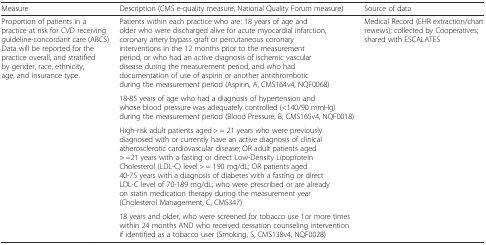
<table><thead><tr><td><b>Measure</b></td><td><b>Description (CMS e-quality measure, National Quality Forum measure)</b></td><td><b>Source of data</b></td></tr></thead><tbody><tr><td rowspan="4">Proportion of patients in a practice at risk for CVD receiving guideline-concordant care (ABCS)Data will be reported for the practice overall, and stratified by gender, race, ethnicity, age, and insurance type.</td><td>Patients within each practice who are: 18 years of age and older who were discharged alive for acute myocardial infarction, coronary artery bypass graft or percutaneous coronary interventions in the 12 months prior to the measurement period, or who had an active diagnosis of ischemic vascular disease during the measurement period, and who had documentation of use of aspirin or another antithrombotic during the measurement period (Aspirin, A, CMS164v4, NQF0068)</td><td rowspan="4">Medical Record (EHR extraction/chart reviews); collected by Cooperatives; shared with ESCALATES</td></tr><tr><td>18-85 years of age who had a diagnosis of hypertension and whose blood pressure was adequately controlled (&lt;140/90 mmHg) during the measurement period (Blood Pressure, B, CMS165v4, NQF0018)</td></tr><tr><td>High-risk adult patients aged &gt; = 21 years who were previously diagnosed with or currently have an active diagnosis of clinical atherosclerotic cardiovascular disease; OR adult patients aged &gt; =21 years with a fasting or direct Low-Density Lipoprotein Cholesterol (LDL-C) level &gt; = 190 mg/dL; OR patients aged 40-75 years with a diagnosis of diabetes with a fasting or direct LDL-C level of 70-189 mg/dL; who were prescribed or are already on statin medication therapy during the measurement year (Cholesterol Management, C, CMS347)</td></tr><tr><td>18 years and older, who were screened for tobacco use 1or more times within 24 months AND who received cessation counseling intervention if identified as a tobacco user (Smoking, S, CMS138v4, NQF0028)</td></tr></tbody></table>